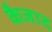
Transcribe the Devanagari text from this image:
कैजाद